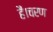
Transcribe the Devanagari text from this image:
हैं।चरण